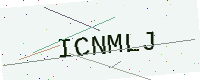
Text: ICNMLJ